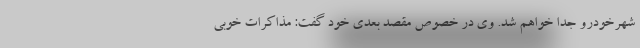
شهرخودرو جدا خواهم شد. وی در خصوص مقصد بعدی خود گفت: مذاکرات خوبی